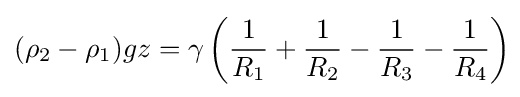
(\rho _{2}-\rho _{1})gz=\gamma \left({\frac {1}{R_{1}}}+{\frac {1}{R_{2}}}-{\frac {1}{R_{3}}}-{\frac {1}{R_{4}}}\right)\!